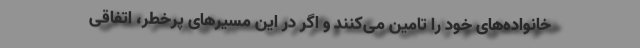
خانواده‌های خود را تامین می‌کنند و اگر در این مسیرهای پرخطر، اتفاقی